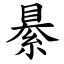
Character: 䋰